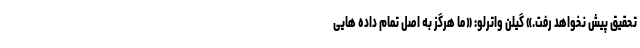
تحقیق پیش نخواهد رفت.» گیلن واترلو: «ما هرگز به اصل تمام داده هایی